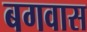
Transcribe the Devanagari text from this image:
बगवास